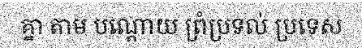
គ្នា តាម បណ្តោយ ព្រំប្រទល់ ប្រទេស